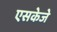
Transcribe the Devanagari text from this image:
एसकेजे